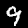
Digit: 9